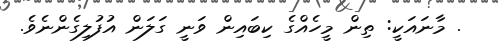
. މާނައަކީ: ތިން މީހެއްގެ ކިބައިން ވަނީ ގަލަން އުފުލިގެންނެވެ.